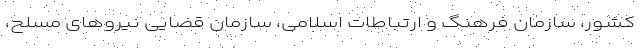
کشور، سازمان فرهنگ و ارتباطات اسلامی، سازمان قضایی نیروهای مسلح،